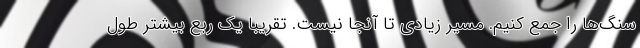
سنگ‌ها را جمع کنیم. مسیر زیادی تا آنجا نیست. تقریبا یک ربع بیشتر طول